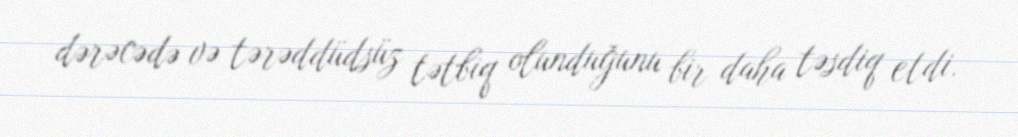
dərəcədə və tərəddüdsüz tətbiq olunduğunu bir daha təsdiq etdi.